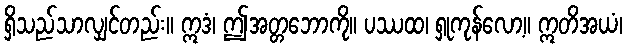
ရှိသည်သာလျှင်တည်း။ ဣဒံ၊ ဤအတ္တဘောကို။ ပဿထ၊ ရှုကုန်လော့။ ဣတိအယံ၊